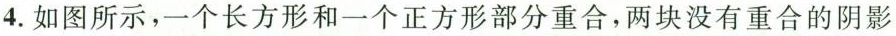
4. 如图所示，一个长方形和一个正方形部分重合，两块没有重合的阴影